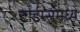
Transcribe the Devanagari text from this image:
टाईम्समध्ये